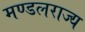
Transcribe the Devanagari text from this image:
मण्डलराज्य